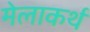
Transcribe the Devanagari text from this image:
मेलाकर्थ